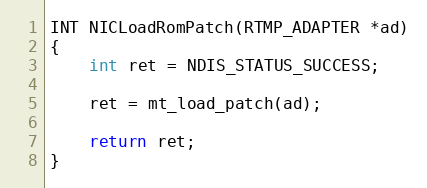
Language: C
INT NICLoadRomPatch(RTMP_ADAPTER *ad)
{
	int ret = NDIS_STATUS_SUCCESS;

	ret = mt_load_patch(ad);

	return ret;
}